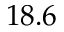
1 8 . 6